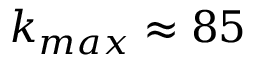
k _ { m a x } \approx 8 5